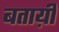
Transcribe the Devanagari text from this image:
बताय़ी